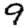
Digit: 9